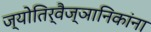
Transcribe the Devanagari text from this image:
ज्योतिर्वैज्ञानिकांना